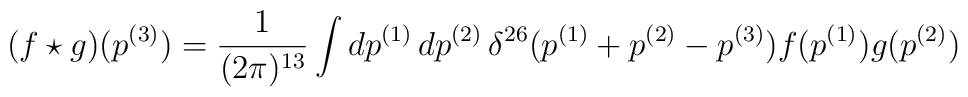
(f \star g) (p^{(3)}) =\frac{1}{ (2 \pi)^{13}}  \int dp^{(1)}\, dp^{(2)}\,\delta^{26} (p^{(1)} + p^{(2)} - p^{(3)}) f (p^{(1)}) g (p^{(2)})